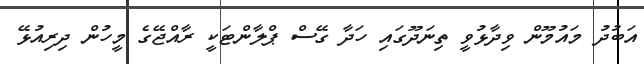
އަބުދު މައުމޫން ވިދާޅުވީ ތިނަދޫގައި ހަދާ ގޭސް ޕްލާންޓަކީ ރާއްޖޭގެ މީހުން ދިރިއުޅޭ